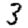
Digit: 3